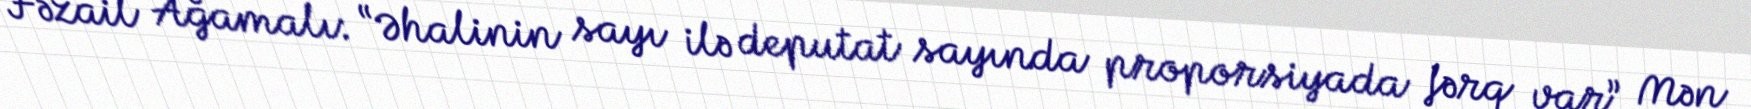
Fəzail Ağamalı: “Əhalinin sayı ilə deputat sayında proporsiyada fərq var” Mən